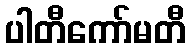
ပါတီကော်မတီ